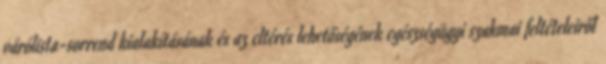
várólista-sorrend kialakításának és az eltérés lehetőségének egészségügyi szakmai feltételeiről